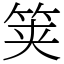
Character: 䇲